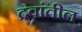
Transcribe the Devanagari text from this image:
द्रवांतील